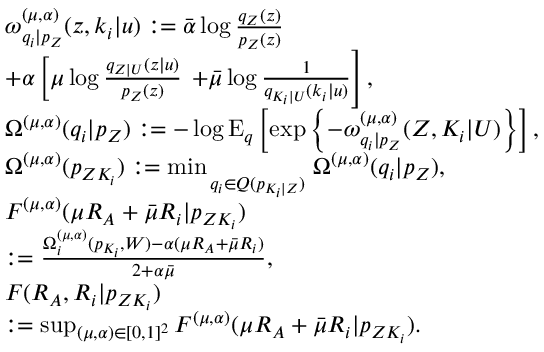
\begin{array} { r l } & { \omega _ { q _ { i } | p _ { Z } } ^ { ( \mu , \alpha ) } ( z , k _ { i } | u ) : = \bar { \alpha } \log \frac { q _ { Z } ( z ) } { p _ { Z } ( z ) } } \\ & { + \alpha \left[ { \mu } \log \frac { q _ { Z | U } ( z | u ) } { p _ { Z } ( z ) } \right. \left. + \bar { \mu } \log \frac { 1 } { q _ { K _ { i } | U } ( k _ { i } | u ) } \right] , } \\ & { \Omega ^ { ( \mu , \alpha ) } ( q _ { i } | p _ { Z } ) : = - \log \mathrm { E } _ { q } \left[ \exp \left\{ - \omega _ { q _ { i } | p _ { Z } } ^ { ( \mu , \alpha ) } ( Z , K _ { i } | U ) \right\} \right] , } \\ & { \Omega ^ { ( \mu , \alpha ) } ( p _ { Z K _ { i } } ) : = \operatorname* { m i n } _ { \scriptstyle \atop { \scriptstyle q _ { i } \in { { \cal Q } } ( p _ { K _ { i } | Z } ) } } \Omega ^ { ( \mu , \alpha ) } ( q _ { i } | p _ { Z } ) , } \\ & { F ^ { ( \mu , \alpha ) } ( { \mu } R _ { \cal A } + \bar { \mu } R _ { i } | p _ { Z K _ { i } } ) } \\ & { : = \frac { \Omega _ { i } ^ { ( \mu , \alpha ) } ( p _ { K _ { i } } , W ) - \alpha ( { \mu } R _ { \cal A } + \bar { \mu } R _ { i } ) } { 2 + \alpha \bar { \mu } } , } \\ & { F ( R _ { \cal A } , R _ { i } | p _ { Z K _ { i } } ) } \\ & { : = \operatorname* { s u p } _ { ( \mu , \alpha ) \in [ 0 , 1 ] ^ { 2 } } F ^ { ( \mu , \alpha ) } ( { \mu } R _ { \cal A } + \bar { \mu } R _ { i } | p _ { Z K _ { i } } ) . } \end{array}